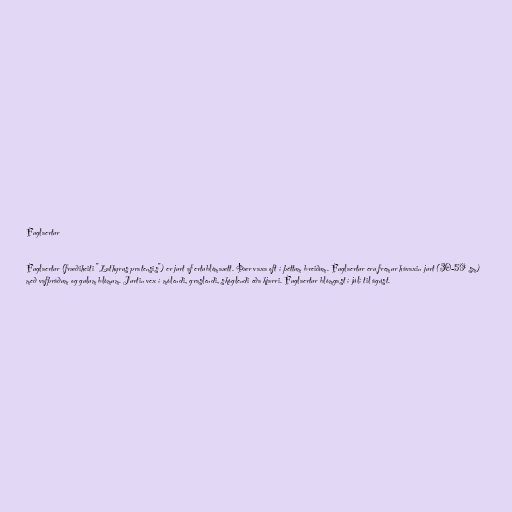
Fuglaertur

Fuglaertur (fræðiheiti "Lathyrus pratensis") er jurt af ertublómaætt. Þær vaxa oft í þéttum breiðum. Fuglaertur eru fremur hávaxin jurt (30-59 sm)
með vafþráðum og gulum blómum. Jurtin vex í mólendi, graslendi, skóglendi eða kjarri. Fuglaertur blómgast í júlí til ágúst.